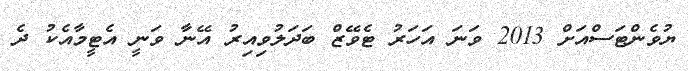
ޔުވެންޓަސްއަށް 2013 ވަނަ އަހަރު ޓެވޭޒް ބަދަލުވިއިރު އޭނާ ވަނީ އެޓީމާއެކު ދެ